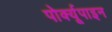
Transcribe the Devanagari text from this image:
पोर्क्यूपाइन